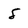
Character: 5